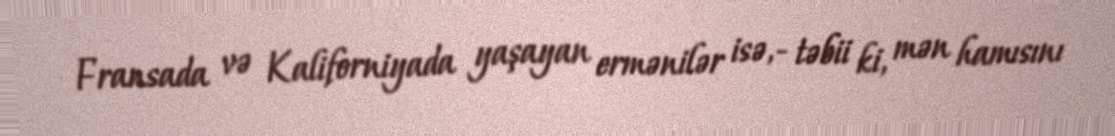
Fransada və Kaliforniyada yaşayan ermənilər isə,- təbii ki, mən hamısını